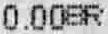
0.00SR